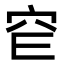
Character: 𥤫